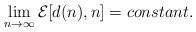
LaTeX: \begin{align*}\lim_{n\rightarrow\infty} {\cal E}[d(n),n]=constant.\end{align*}